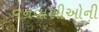
વનવાસીઓની